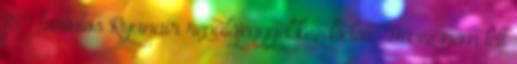
189 forintos Ryanair repülőjeggyel kezdődött. Ha ez nem lett